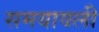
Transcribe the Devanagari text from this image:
समयावली